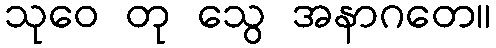
သုဝေ တု သွေ အနာဂတေ။